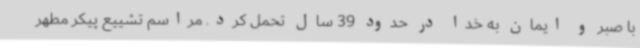
با صبر و ایمان به خدا در حدود 39 سال تحمل کرد. مراسم تشییع پیکر مطهر